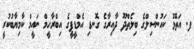
ފ. އަތޮޅު ކައުންސިލްގެ ބިލެތްދޫ ދާއިރާގެ ގޮނޑި އެމްޑީޕީގެ އިބްރާހީމް ނައީމް ކާމިޔާބުކުރީ